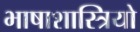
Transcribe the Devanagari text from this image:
भाषाशास्त्रियो